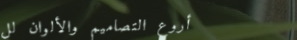
أروع التصاميم والألوان لل